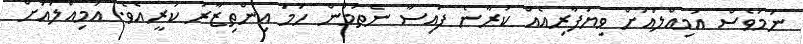
ނަމަވެސް އަމިއްލައަށް ވިޔަފާރިއެއް ކުރާނެ ފައިސާ ނެތުމުން ހަމަ އިންތިޒާރު ކުރީއެވެ. އަމިއްލައަށް